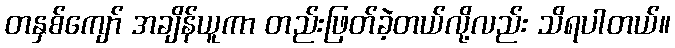
တနှစ်ကျော် အချိန်ယူကာ တည်းဖြတ်ခဲ့တယ်လို့လည်း သိရပါတယ်။